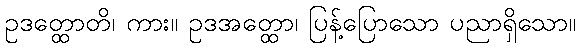
ဥဒတ္ထောတိ၊ ကား။ ဥဒအတ္ထော၊ ပြန့်ပြောသော ပညာရှိသော။